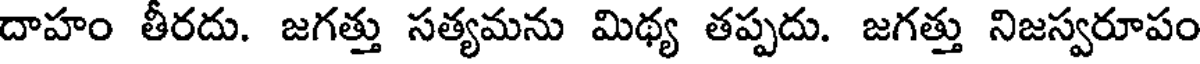
దాహం తీరదు. జగత్తు సత్యమను మిథ్య తప్పదు. జగత్తు నిజస్వరూపం